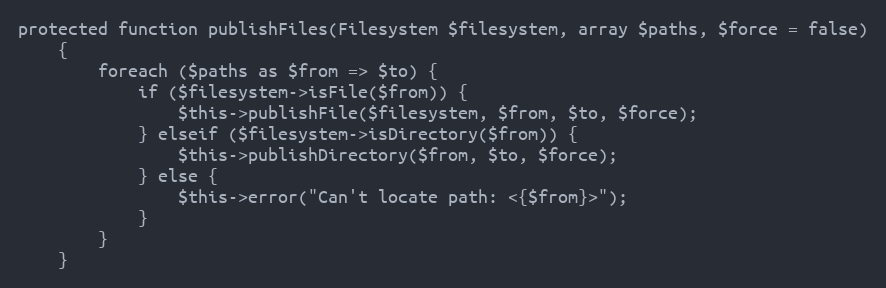
Language: PHP
protected function publishFiles(Filesystem $filesystem, array $paths, $force = false)
    {
        foreach ($paths as $from => $to) {
            if ($filesystem->isFile($from)) {
                $this->publishFile($filesystem, $from, $to, $force);
            } elseif ($filesystem->isDirectory($from)) {
                $this->publishDirectory($from, $to, $force);
            } else {
                $this->error("Can't locate path: <{$from}>");
            }
        }
    }